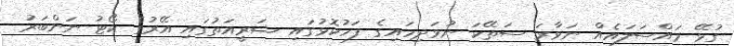
ގުޅޭ މައްސަލައެއް ނަވާރަ ސަތޭކަ ނުވަދިހައިގެ ފަހުކޮޅުގައި ޝަރީއަތުގައި އޭރުގެ ކޯޓު ނަންބަރު